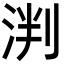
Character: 𬇯